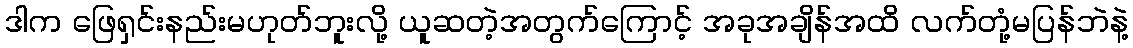
ဒါက ဖြေရှင်းနည်းမဟုတ်ဘူးလို့ ယူဆတဲ့အတွက်ကြောင့် အခုအချိန်အထိ လက်တုံ့မပြန်ဘဲနဲ့